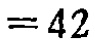
$= 42$